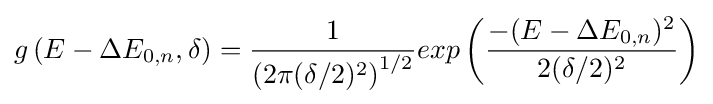
g\left(E-\Delta E_{0,n},\delta \right)={\frac {1}{\left(2\pi (\delta /2)^{2}\right)^{1/2}}}exp\left({\frac {-(E-\Delta E_{0,n})^{2}}{2(\delta /2)^{2}}}\right)